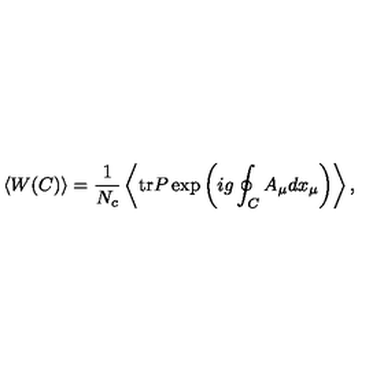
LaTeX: \left< W ( C ) \right> = \frac { 1 } { N _ { c } } \left< \mathrm { t r } { } P { } \exp \left( i g \oint _ { C } ^ { } A _ { \mu } d x _ { \mu } \right) \right> ,